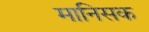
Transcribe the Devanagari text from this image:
मानिसक